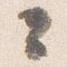
々